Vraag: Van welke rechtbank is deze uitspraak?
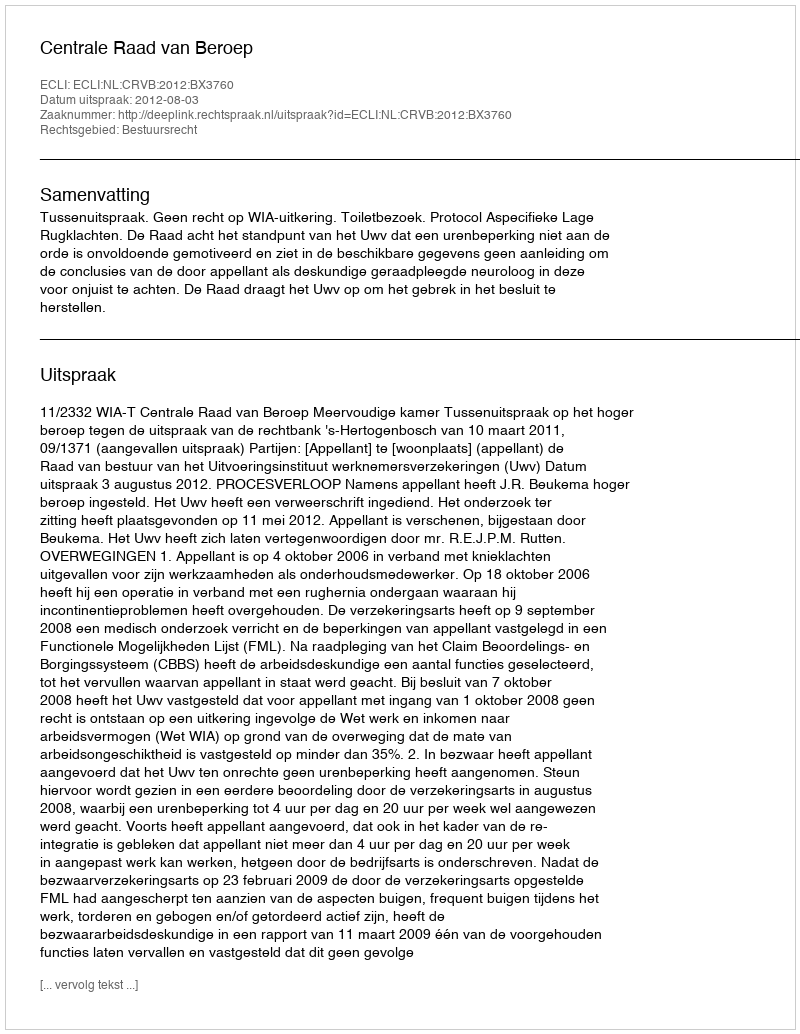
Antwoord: Centrale Raad van Beroep